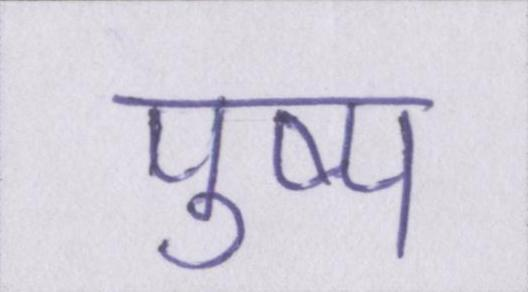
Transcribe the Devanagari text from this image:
पुष्प